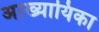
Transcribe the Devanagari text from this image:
अाख्यायिका